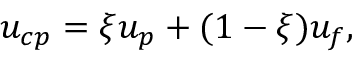
\boldsymbol { u _ { c p } } = \xi \boldsymbol { u _ { p } } + ( 1 - \xi ) \boldsymbol { u _ { f } } ,